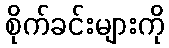
စိုက်ခင်းများကို